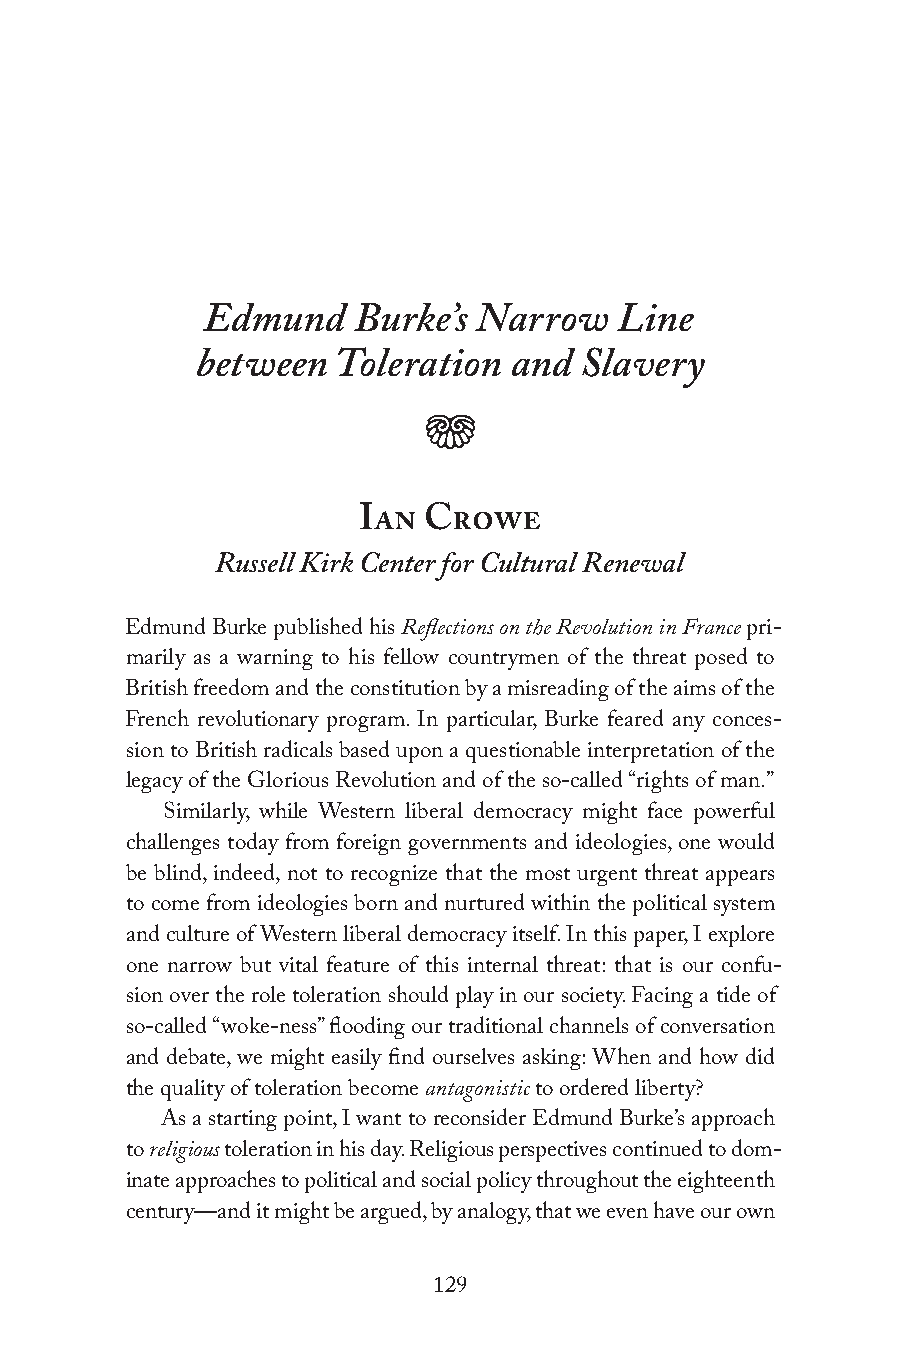
Edmund    Burke’s  Narrow   Line
 between  Toleration  and Slavery
 j
 Ian Crowe
 Russell Kirk Center for Cultural Renewal
 Edmund Burke published his Reflections on the Revolution in France pri-
 marily as a warning to his fellow countrymen of the threat posed to
 British freedom and the constitution by a misreading of the aims of the
 French revolutionary program. In particular, Burke feared any conces-
 sion to British radicals based upon a questionable interpretation of the
 legacy of the Glorious Revolution and of the so-called “rights of man.”
 Similarly, while Western liberal democracy might face powerful
 challenges today from foreign governments and ideologies, one would
 be blind, indeed, not to recognize that the most urgent threat appears
 to come from ideologies born and nurtured within the political system
 and culture of Western liberal democracy itself. In this paper, I explore
 one narrow but vital feature of this internal threat: that is our confu-
 sion over the role toleration should play in our society. Facing a tide of
 so-called “woke-ness” flooding our traditional channels of conversation
 and debate, we might easily find ourselves asking: When and how did
 the quality of toleration become antagonistic to ordered liberty?
 As a starting point, I want to reconsider Edmund Burke’s approach
 to religious toleration in his day. Religious perspectives continued to dom-
 inate approaches to political and social policy throughout the eighteenth
 century—and it might be argued, by analogy, that we even have our own
 129